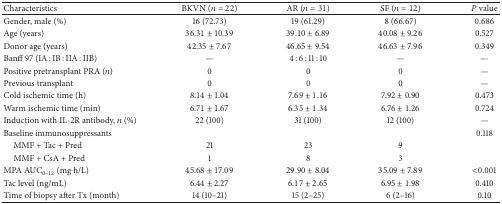
<table><thead><tr><td><b>Characteristics</b></td><td><b>BKVN (<i>n</i> = 22)</b></td><td><b>AR (<i>n</i> = 31)</b></td><td><b>SF (<i>n</i> = 12)</b></td><td><b><i>P</i> value</b></td></tr></thead><tbody><tr><td>Gender, male (%)</td><td>16 (72.73)</td><td>19 (61.29)</td><td>8 (66.67)</td><td>0.686</td></tr><tr><td>Age (years)</td><td>36.31 ± 10.39</td><td>39.10 ± 6.89</td><td>40.08 ± 9.26</td><td>0.527</td></tr><tr><td>Donor age (years)</td><td>42.35 ± 7.67</td><td>46.65 ± 9.54</td><td>46.63 ± 7.96</td><td>0.349</td></tr><tr><td>Banff 97 (IA : IB : IIA : IIB) </td><td>—</td><td>4 : 6 : 11 : 10</td><td>—</td><td>—</td></tr><tr><td>Positive pretransplant PRA (<i>n</i>)</td><td>0</td><td>0</td><td>0</td><td>—</td></tr><tr><td>Previous transplant</td><td>0</td><td>0</td><td>0</td><td>—</td></tr><tr><td>Cold ischemic time (h)</td><td>8.14 ± 1.04</td><td>7.69 ± 1.16</td><td>7.92 ± 0.90</td><td>0.473</td></tr><tr><td>Warm ischemic time (min)</td><td>6.71 ± 1.67</td><td>6.35 ± 1.34</td><td>6.76 ± 1.26</td><td>0.724</td></tr><tr><td>Induction with IL-2R antibody, <i>n</i> (%)</td><td>22 (100)</td><td>31 (100)</td><td>12 (100)</td><td>—</td></tr><tr><td>Baseline immunosuppressants</td><td> </td><td> </td><td> </td><td>0.118</td></tr><tr><td> MMF + Tac + Pred</td><td>21</td><td>23</td><td>9</td><td> </td></tr><tr><td> MMF + CsA + Pred</td><td>1</td><td>8</td><td>3</td><td> </td></tr><tr><td>MPA AUC<sub>0–12</sub> (mg·h/L)</td><td>45.68 ± 17.09</td><td>29.90 ± 8.04</td><td>35.09 ± 7.89</td><td>&lt;0.001</td></tr><tr><td>Tac level (ng/mL) </td><td>6.44 ± 2.27</td><td>6.17 ± 2.65</td><td>6.95 ± 1.98</td><td>0.410</td></tr><tr><td>Time of biopsy after Tx (month) </td><td>14 (10–21)</td><td>15 (2–25)</td><td>6 (2–16)</td><td>0.10</td></tr></tbody></table>